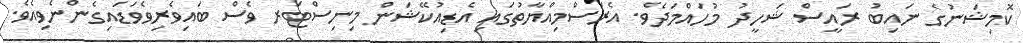
ކޮމިޝަނުގެ ނައިބު ރައީސް ޝަހީދު މުހައްމަދެވެ. އެރަސްމިއްޔާތުގައި އެޑިއުކޭޝަން މިނިސްޓަރ ވެސް ބައިވެރިވެވަޑައިގެންނެވިއެވެ.